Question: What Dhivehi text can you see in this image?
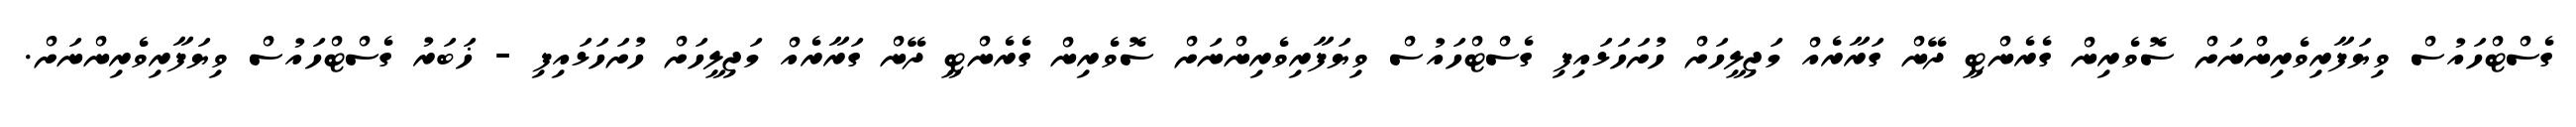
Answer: ގެސްޓްހައުސް ވިޔަފާރިވެރިންނަށް ސޮވެރިން ގެރެންޓީ ދޭން ގަރާރެއް މަޖިލީހަށް ހުށަހަޅައިފި ގެސްޓްހައުސް ވިޔަފާރިވެރިންނަށް ސޮވެރިން ގެރެންޓީ ދޭން ގަރާރެއް މަޖިލީހަށް ހުށަހަޅައިފި - ޚަބަރު ގެސްޓްހައުސް ވިޔަފާރިވެރިންނަށް.